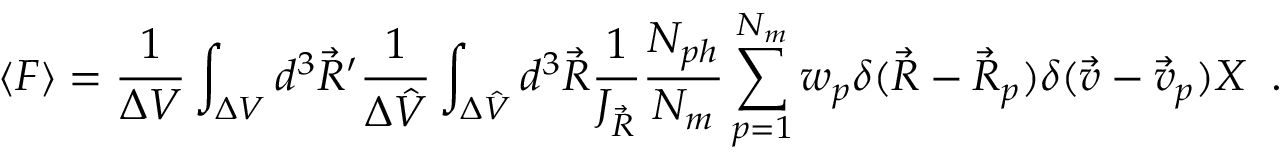
\langle F \rangle = \frac { 1 } { \Delta V } \int _ { \Delta { V } } d ^ { 3 } \Vec { R } ^ { \prime } \frac { 1 } { \Delta \hat { V } } \int _ { \Delta \hat { V } } d ^ { 3 } \Vec { R } \frac { 1 } { J _ { \Vec { R } } } \frac { N _ { p h } } { N _ { m } } \sum _ { p = 1 } ^ { N _ { m } } w _ { p } \delta ( \Vec { R } - \Vec { R } _ { p } ) \delta ( \Vec { v } - \Vec { v } _ { p } ) X \; \; .